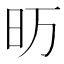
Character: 𮲚